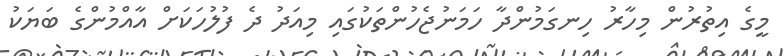
މީގެ އިތުރުން މިހާރު ހިނގަމުންދާ ހަމަނުޖެހުންތަކުގައި މިއަދު ދެ ފުލުހަކަށް އާއްމުންގެ ބަޔަކު